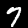
Label: 7